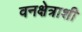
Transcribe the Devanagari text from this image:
वनक्षेत्राशी